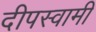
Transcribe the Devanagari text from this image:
दीपस्वामी